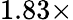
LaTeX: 1.83\times